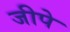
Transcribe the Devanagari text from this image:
जीपे